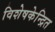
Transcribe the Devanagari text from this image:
विशेषकेन्द्रित